Indian journal of veterinary science and animal husbandry - Volume 7,
Year: 1937
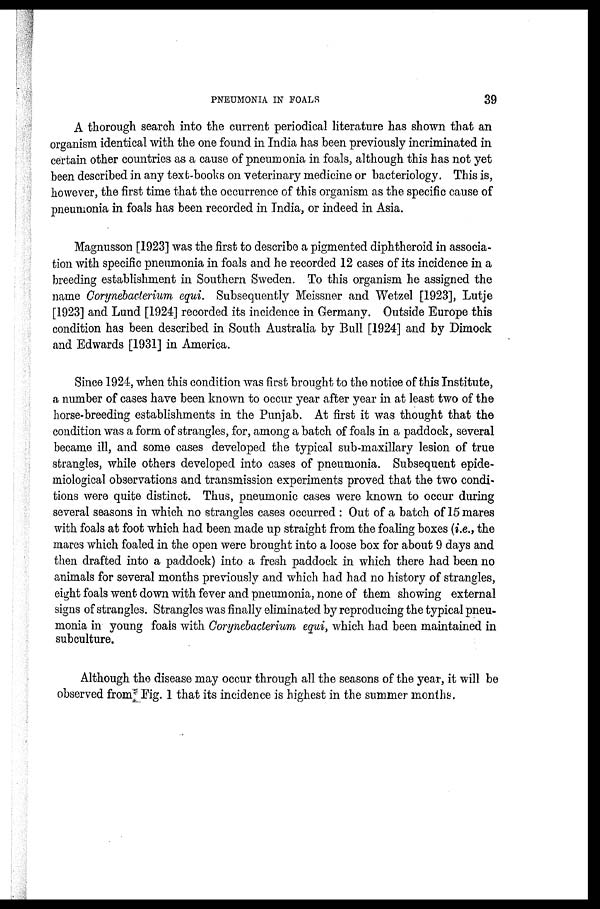
PNEUMONIA IN
FOALS
39
A thorough search into the current periodical literature has shown that an
organism identical with the one found in India has been previously incriminated in
certain other countries as a cause of pneumonia in foals, although this has not yet
been described in any text-books on veterinary medicine or bacteriology. This is,
however, the first time that the occurrence of this organism as the specific cause of
pneumonia in foals has been recorded in India, or indeed in Asia.
Magnusson [1923] was the first to describe a pigmented diphtheroid in associa-
tion with specific pneumonia in foals and he recorded 12 cases of its incidence in a
breeding establishment in Southern Sweden. To this organism he assigned the
name Corynebacterium equi. Subsequently Meissner and Wetzel [1923], Lutje
[1923] and Lund [1924] recorded its incidence in Germany. Outside Europe this
condition has been described in South Australia by Bull [1924] and by Dimock
and Edwards [1931] in America.
Since 1924, when this condition was first brought to the notice of this Institute,
a number of cases have been known to occur year after year in at least two of the
horse-breeding establishments in the Punjab. At first it was thought that the
condition was a form of strangles, for, among a batch of foals in a paddock, several
became ill, and some cases developed the typical sub-maxillary lesion of true
strangles, while others developed into cases of pneumonia. Subsequent epide-
miological observations and transmission experiments proved that the two condi-
tions were quite distinct. Thus, pneumonic cases were known to occur during
several seasons in which no strangles cases occurred : Out of a batch of 15 mares
with foals at foot which had been made up straight from the foaling boxes (i.e., the
mares which foaled in the open were brought into a loose box for about 9 days and
then drafted into a paddock) into a fresh paddock in which there had been no
animals for several months previously and which had had no history of strangles,
eight foals went down with fever and pneumonia, none of them showing external
signs of strangles. Strangles was finally eliminated by reproducing the typical pneu-
monia in young foals with Corynebacterium equi, which had been maintained in
subculture.
Although the disease may occur through all the seasons of the year, it will be
observed from Fig. 1 that its incidence is highest in the summer months.